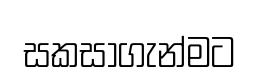
සකසාගැන්මට